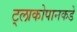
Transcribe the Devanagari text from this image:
ट्लाकोपानकडे